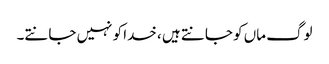
لوگ ماں کو جانتے ہیں ، خدا کو نہیں جانتے۔